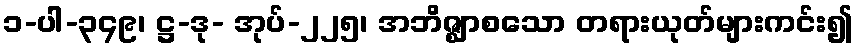
၁-ပါ-၃၄၉၊ ဋ္ဌ-ဒု- အုပ်-၂၂၅၊ အဘိဇ္ဈာစသော တရားယုတ်များကင်း၍